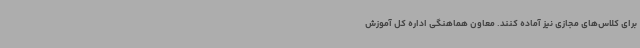
برای کلاس‌های مجازی نیز آماده کنند. معاون هماهنگی اداره کل آموزش‌